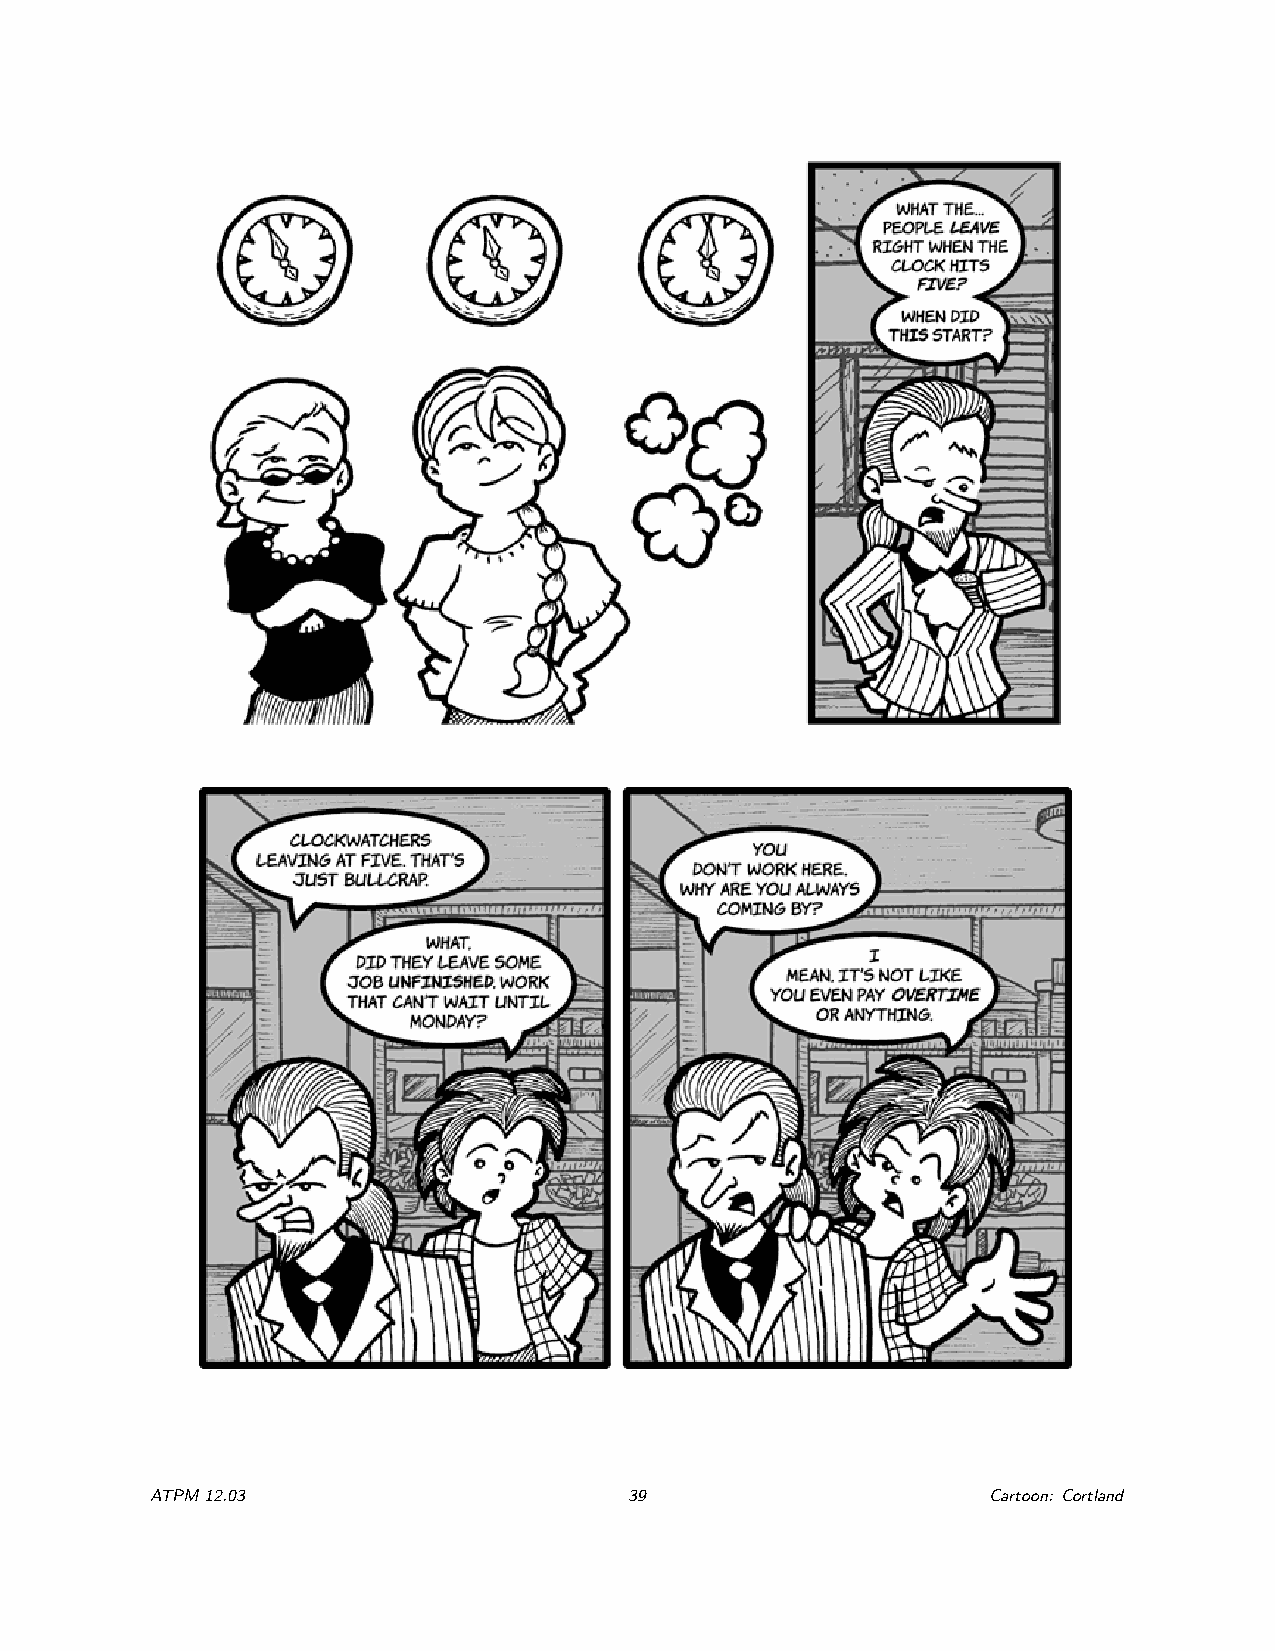
ATPM12.03                       39                     Cartoon: Cortland